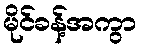
မိုင်ခန့်အကွာ